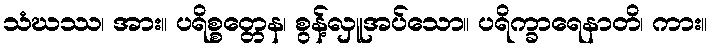
သံဃဿ၊ အား။ ပရိစ္စတ္တေန၊ စွန့်လှူအပ်သော။ ပရိက္ခာရေနာတိ၊ ကား။